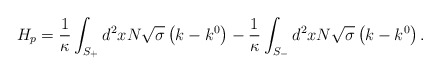
\begin{align*}H_{p}=\frac{1}{\kappa }\int_{S_{+}}^{{}}d^{2}xN\sqrt{\sigma }\left(k-k^{0}\right) -\frac{1}{\kappa }\int_{S_{-}}d^{2}xN\sqrt{\sigma }\left(k-k^{0}\right) . \end{align*}